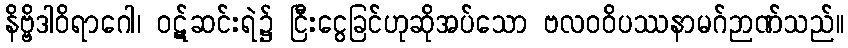
နိဗ္ဗိဒါဝိရာဂေါ၊ ဝဋ်ဆင်းရဲ၌ ငြီးငွေခြင်ဟုဆိုအပ်သော ဗလဝဝိပဿနာမဂ်ဉာဏ်သည်။